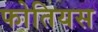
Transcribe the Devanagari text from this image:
फोतियस